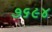
૭૬૯૪